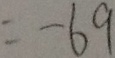
= - 6 9